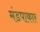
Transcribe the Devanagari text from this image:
मंडपाकार